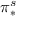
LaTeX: \pi _ { * } ^ { s }